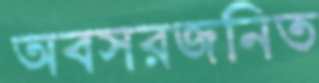
অবসরজনিত